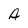
Character: A